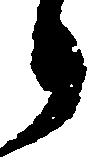
り